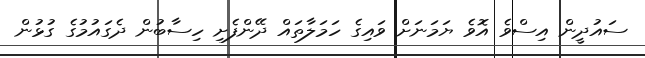
ސައުދީން އިސްވެ އޮވެ ޔަމަނަށް ވައިގެ ހަމަލާތައް ދޭންފެށި ހިސާބުން ދެގައުމުގެ ގުޅުން